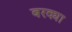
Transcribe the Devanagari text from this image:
बरक्या